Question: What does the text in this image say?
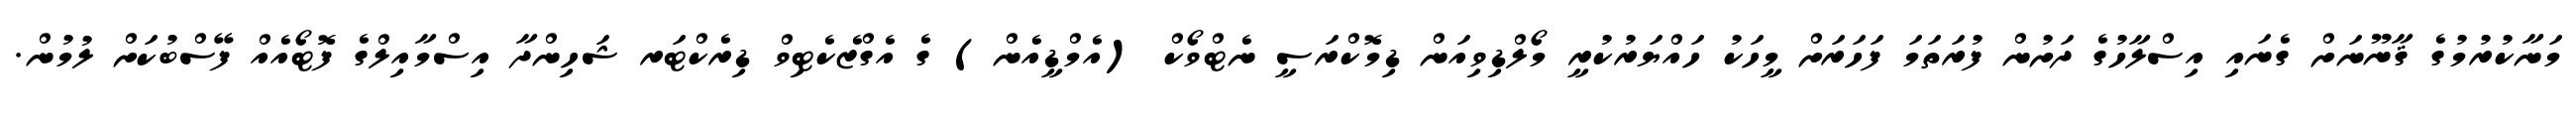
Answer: މަނާކުރުމުގެ ޤާނޫނަށް ގެނައި އިސްލާހުގެ ދަށުން ފުރަތަމަ ފަހަރަށް މީހަކު ހައްޔަރުކުރީ މޯލްޑިވިއަން ޑިމޮކްރަސީ ނެޓްވޯކް (އެމްޑީއެން) ގެ އެގްޒެކެޓިވް ޑިރެކްޓަރ ޝަހިންދާ އިސްމާއިލްގެ ފޮޓޯއެއް ފޭސްބުކަށް ލުމުން.